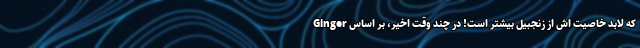
Ginger که لابد خاصیت اش از زنجبیل بیشتر است! در چند وقت اخیر، بر اساس